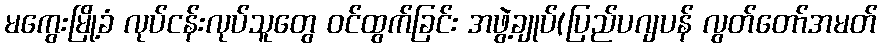
မကွေးမြို့ခံ လုပ်ငန်းလုပ်သူတွေ ဝင်ထွက်ခြင်း အဖွဲ့ချုပ်(ပြည်ပဂျပန် လွတ်တော်အမတ်